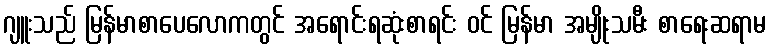
ဂျူးသည် မြန်မာစာပေလောကတွင် အရောင်းရဆုံးစာရင်း ဝင် မြန်မာ အမျိုးသမီး စာရေးဆရာမ